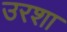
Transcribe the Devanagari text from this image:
उरशा